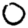
Digit: 0